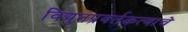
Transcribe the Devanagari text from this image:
विद्युतप्रवर्तकत्वाचे